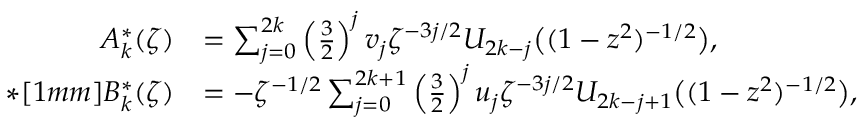
\begin{array} { r l } { A _ { k } ^ { * } ( \zeta ) } & { = \sum _ { j = 0 } ^ { 2 k } \left( \frac { 3 } { 2 } \right) ^ { j } v _ { j } \zeta ^ { - 3 j / 2 } U _ { 2 k - j } \big ( ( 1 - z ^ { 2 } ) ^ { - 1 / 2 } \big ) , } \\ { * [ 1 m m ] B _ { k } ^ { * } ( \zeta ) } & { = - \zeta ^ { - 1 / 2 } \sum _ { j = 0 } ^ { 2 k + 1 } \left( \frac { 3 } { 2 } \right) ^ { j } u _ { j } \zeta ^ { - 3 j / 2 } U _ { 2 k - j + 1 } \big ( ( 1 - z ^ { 2 } ) ^ { - 1 / 2 } \big ) , } \end{array}